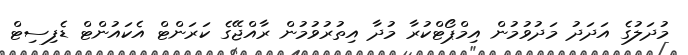
މުދަލުގެ އަދަދު މަދުވުމުން އިމްޕޯޓްކުރާ މުދާ އިތުރުވުމުން ރާއްޖޭގެ ކަރަންޓް އެކައުންޓް ޑެފިސިޓް